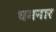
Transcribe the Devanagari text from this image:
धमनार